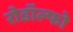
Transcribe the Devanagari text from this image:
रोडॉल्फो